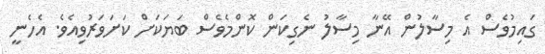
ގައިމުވެސް އެ މިސާލުން އޭނާ މިސާލު ނެގިކަން ކޮންމެވެސް ބަޔަކަށް ކަށަވަރުވިއެވެ. އެހެނީ